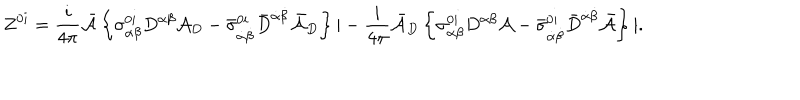
LaTeX: Z ^ { 0 i } = \frac { i } { 4 \pi } { \bar { \cal A } } \left\{ \sigma _ { \alpha \beta } ^ { 0 i } D ^ { \alpha \beta } { \cal A } _ { D } - { \bar { \sigma } } _ { \dot { \alpha } \dot { \beta } } ^ { 0 i } { \bar { D } } ^ { \dot { \alpha } \dot { \beta } } { \bar { \cal A } } _ { D } \right\} | - \frac { i } { 4 \pi } { \bar { \cal A } } _ { D } \left\{ \sigma _ { \alpha \beta } ^ { 0 i } D ^ { \alpha \beta } { \cal A } - { \bar { \sigma } } _ { \dot { \alpha } \dot { \beta } } ^ { 0 i } { \bar { D } } ^ { \dot { \alpha } \dot { \beta } } { \bar { \cal A } } \right\} | .